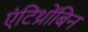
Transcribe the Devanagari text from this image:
एंटिथ्रोंबिन